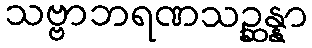
သဗ္ဗာဘရဏသဉ္ဆန္နာ